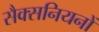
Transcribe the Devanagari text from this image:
सैक्सनियनों